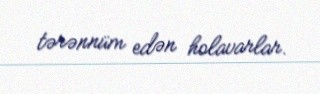
tərənnüm edən holavarlar.